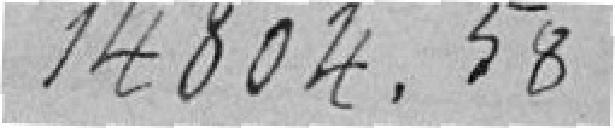
14804.58